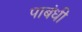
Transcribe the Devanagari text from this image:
पाबंधी